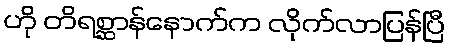
ဟို တိရစ္ဆာန်နောက်က လိုက်လာပြန်ပြီ